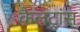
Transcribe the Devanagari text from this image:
कैलट्रांस